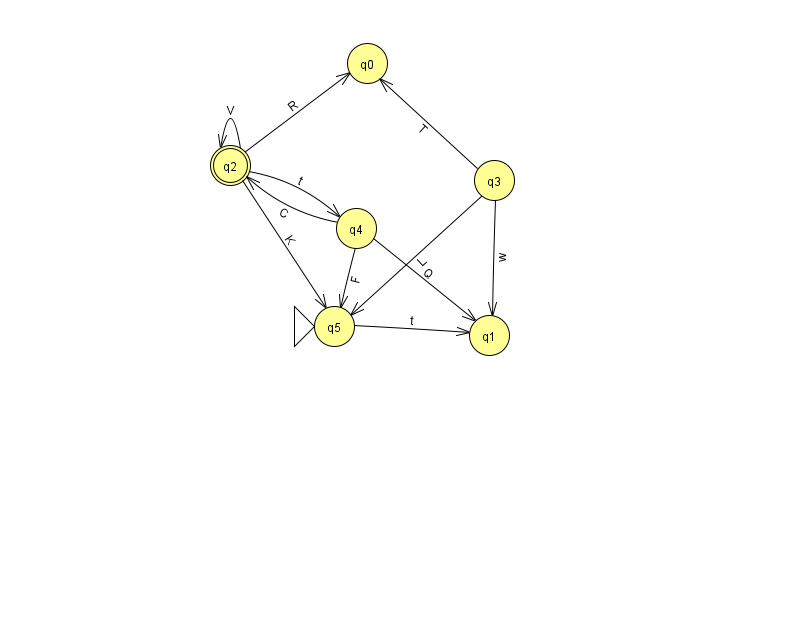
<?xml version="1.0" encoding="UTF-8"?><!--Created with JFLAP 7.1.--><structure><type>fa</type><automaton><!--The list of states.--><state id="0" name="q0"><x>367.0</x><y>50.0</y></state><state id="1" name="q1"><x>489.0</x><y>322.0</y></state><state id="2" name="q2"><x>230.0</x><y>152.0</y><final/></state><state id="3" name="q3"><x>494.0</x><y>167.0</y></state><state id="4" name="q4"><x>356.0</x><y>215.0</y></state><state id="5" name="q5"><x>334.0</x><y>313.0</y><initial/></state><!--The list of transitions.--><transition><from>4</from><to>2</to><read>C</read></transition><transition><from>3</from><to>0</to><read>T</read></transition><transition><from>3</from><to>1</to><read>w</read></transition><transition><from>3</from><to>5</to><read>L</read></transition><transition><from>4</from><to>5</to><read>F</read></transition><transition><from>2</from><to>2</to><read>V</read></transition><transition><from>2</from><to>4</to><read>t</read></transition><transition><from>2</from><to>5</to><read>K</read></transition><transition><from>2</from><to>0</to><read>R</read></transition><transition><from>4</from><to>1</to><read>Q</read></transition><transition><from>5</from><to>1</to><read>t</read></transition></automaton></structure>